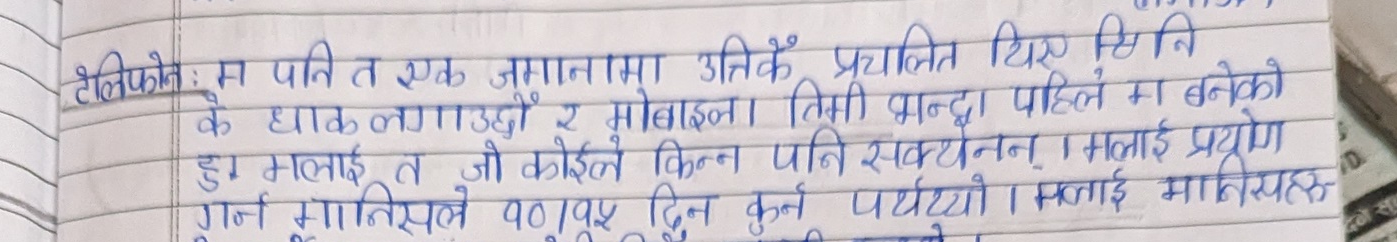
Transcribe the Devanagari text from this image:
टेलिफोनः म पनि त एक जमानामा उत्तिकै प्रचलित थिए सिनि
के धाक लगाउछौं र मोबाइला तिमी भन्दा पहिले म बनेको
हु। मलाई त जो कोईले किन्न पनि सक्थेनन् । मलाई प्रयोग
गर्न मानिसले १०/१५ दिन कुर्न पर्यथ्यो । मलाई मानिसहरु